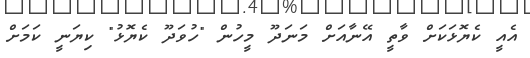
އެއީ ކެޔޮޅަކަށް ވާތީ އޭނާއަށް މަނަދޫ މީހުން "ހުވަދޫ ކެޔޮޅު" ކިޔަނީ ކަމަށް